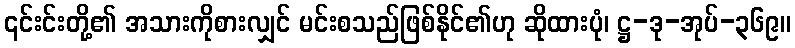
၎င်းင်းတို့၏ အသားကိုစားလျှင် မင်းစသည်ဖြစ်နိုင်၏ဟု ဆိုထားပုံ၊ ဋ္ဌ-ဒု-အုပ်-၃၆၉။